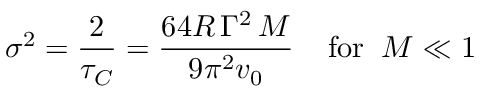
\sigma ^ { 2 } = { \frac { 2 } { \tau _ { C } } } = { \frac { 6 4 R \, \Gamma ^ { 2 } \, M } { 9 \pi ^ { 2 } v _ { 0 } } } \; \; \; \; \mathrm { f o r } \; \; M \ll 1